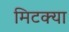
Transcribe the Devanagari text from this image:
मिटक्या